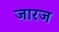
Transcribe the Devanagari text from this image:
जारज